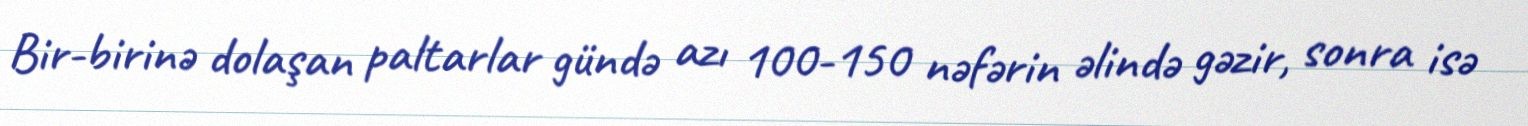
Bir-birinə dolaşan paltarlar gündə azı 100-150 nəfərin əlində gəzir, sonra isə